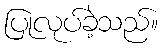
ပြုလုပ်ခဲ့သည်။